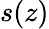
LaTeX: s(z)